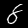
Label: 8